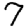
Digit: 7